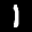
Label: 1